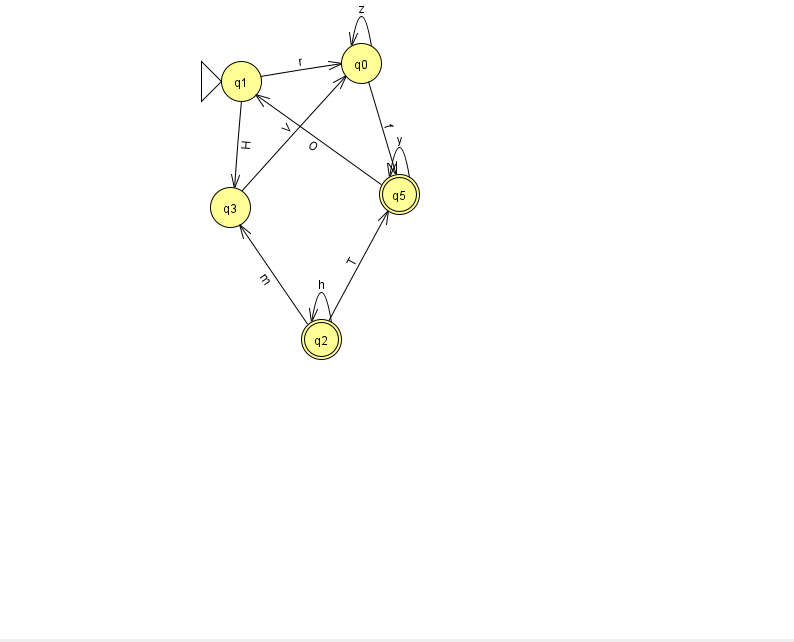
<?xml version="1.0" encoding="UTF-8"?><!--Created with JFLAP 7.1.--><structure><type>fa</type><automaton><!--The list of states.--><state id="0" name="q0"><x>361.0</x><y>50.0</y></state><state id="1" name="q1"><x>241.0</x><y>68.0</y><initial/></state><state id="2" name="q2"><x>321.0</x><y>326.0</y><final/></state><state id="3" name="q3"><x>230.0</x><y>194.0</y></state><state id="5" name="q5"><x>399.0</x><y>181.0</y><final/></state><!--The list of transitions.--><transition><from>1</from><to>0</to><read>r</read></transition><transition><from>1</from><to>3</to><read>H</read></transition><transition><from>2</from><to>3</to><read>m</read></transition><transition><from>2</from><to>5</to><read>T</read></transition><transition><from>0</from><to>5</to><read>f</read></transition><transition><from>2</from><to>2</to><read>h</read></transition><transition><from>5</from><to>5</to><read>y</read></transition><transition><from>0</from><to>0</to><read>z</read></transition><transition><from>5</from><to>1</to><read>O</read></transition><transition><from>3</from><to>0</to><read>V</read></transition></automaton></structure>